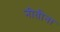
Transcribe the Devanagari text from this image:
नीतीना